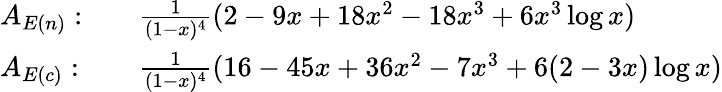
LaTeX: \begin{array}{ll}{{A_{E(n)}:\quad}}&{{\frac{1}{(1-x)^{4}}(2-9x+18x^{2}-18x^{3}+6x^{3}\log x)}}\\ {{A_{E(c)}:\quad}}&{{\frac{1}{(1-x)^{4}}(16-45x+36x^{2}-7x^{3}+6(2-3x)\log x)}}\end{array}